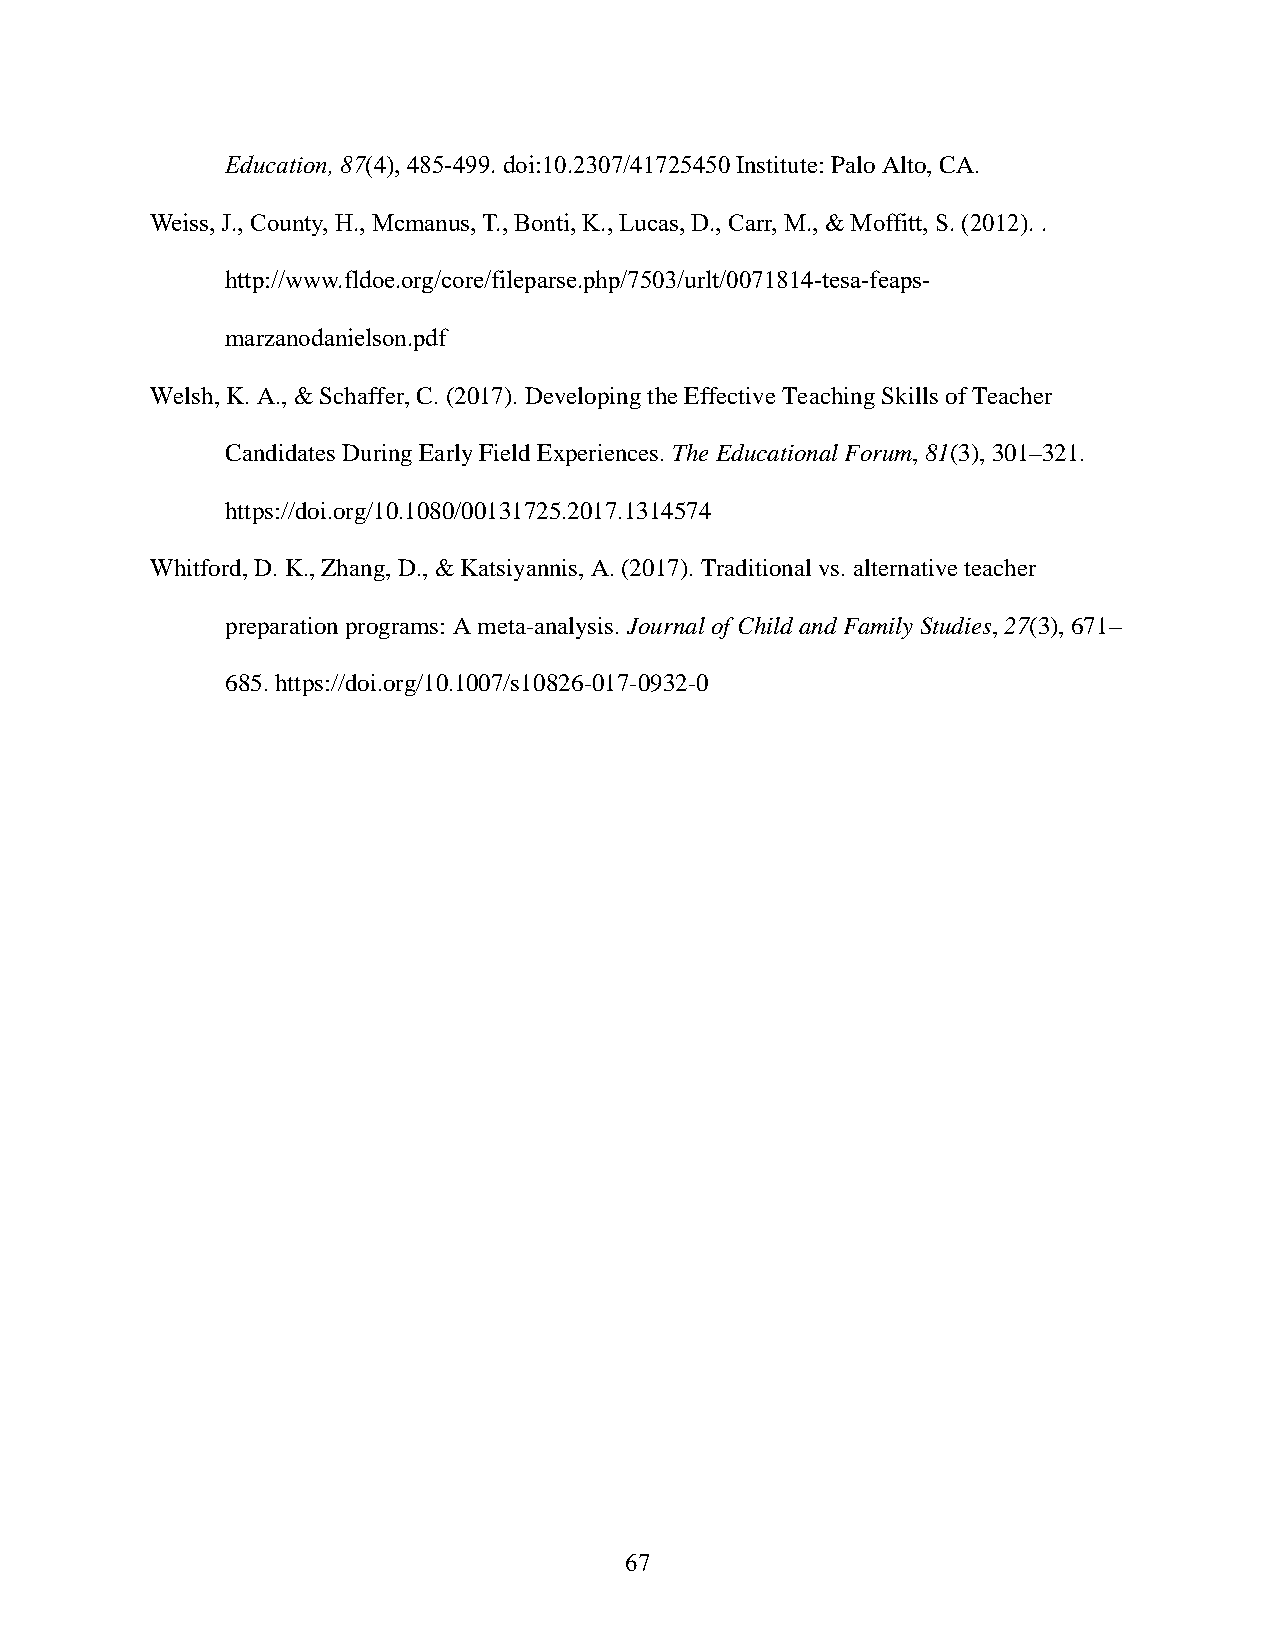
Education, 87(4), 485-499. doi:10.2307/41725450 Institute: Palo Alto, CA.
 Weiss, J., County, H., Mcmanus, T., Bonti, K., Lucas, D., Carr, M., & Moffitt, S. (2012). .
 http://www.fldoe.org/core/fileparse.php/7503/urlt/0071814-tesa-feaps-
 marzanodanielson.pdf
 Welsh, K. A., & Schaffer, C. (2017). Developing the Effective Teaching Skills of Teacher
 Candidates During Early Field Experiences. The Educational Forum, 81(3), 301–321.
 https://doi.org/10.1080/00131725.2017.1314574
 Whitford, D. K., Zhang, D., & Katsiyannis, A. (2017). Traditional vs. alternative teacher
 preparation programs: A meta-analysis. Journal of Child and Family Studies, 27(3), 671–
 685. https://doi.org/10.1007/s10826-017-0932-0
 67